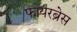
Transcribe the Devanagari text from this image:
फायरब्रेस